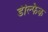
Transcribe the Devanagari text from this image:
डेल्फिक